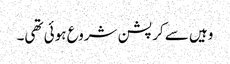
وہیں سے کرپشن شروع ہوئی تھی۔